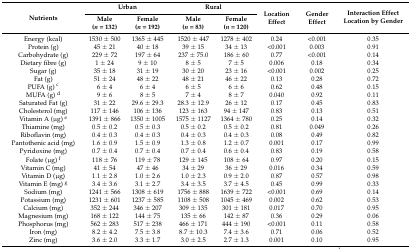
<table><thead><tr><td rowspan="2"><b>Nutrients</b></td><td colspan="2"><b>Urban</b></td><td colspan="2"><b>Rural</b></td><td rowspan="2"><b>Location Effect</b></td><td rowspan="2"><b>Gender Effect</b></td><td rowspan="2"><b>Interaction Effect Location by Gender</b></td></tr><tr><td><b>Male (<i>n</i> = 132)</b></td><td><b>Female (<i>n</i> = 192)</b></td><td><b>Male (<i>n</i> = 83)</b></td><td><b>Female (<i>n</i> = 120)</b></td></tr></thead><tbody><tr><td>Energy (kcal)</td><td>1530 ± 500</td><td>1365 ± 445</td><td>1520 ± 447</td><td>1278 ± 402</td><td>0.24</td><td>&lt;0.001</td><td>0.35</td></tr><tr><td>Protein (g)</td><td>45 ± 21</td><td>40 ± 18</td><td>39 ± 15</td><td>34 ± 13</td><td>&lt;0.001</td><td>0.003</td><td>0.91</td></tr><tr><td>Carbohydrate (g)</td><td>229 ± 72</td><td>197 ± 64</td><td>237 ± 75.0</td><td>186 ± 60</td><td>0.77</td><td>&lt;0.001</td><td>0.14</td></tr><tr><td>Dietary fibre (g)</td><td>1 ± 24</td><td>9 ± 10</td><td>8 ± 5</td><td>7 ± 5</td><td>0.006</td><td>0.18</td><td>0.34</td></tr><tr><td>Sugar (g)</td><td>35 ± 18</td><td>31 ± 19</td><td>30 ± 20</td><td>23 ± 16</td><td>&lt;0.001</td><td>0.002</td><td>0.25</td></tr><tr><td>Fat (g)</td><td>51 ± 24</td><td>48 ± 22</td><td>48 ± 21</td><td>46 ± 22</td><td>0.13</td><td>0.28</td><td>0.72</td></tr><tr><td>PUFA (g) <sup>c</sup></td><td>6 ± 4</td><td>6 ± 4</td><td>6 ± 5</td><td>6 ± 6</td><td>0.62</td><td>0.48</td><td>0.15</td></tr><tr><td>MUFA (g) <sup>d</sup></td><td>9 ± 6</td><td>8 ± 5</td><td>7 ± 4</td><td>8 ± 7</td><td>0.040</td><td>0.92</td><td>0.11</td></tr><tr><td>Saturated Fat (g)</td><td>31 ± 22</td><td>29.6 ± 29.3</td><td>28.3 ± 12.9</td><td>26 ± 12</td><td>0.17</td><td>0.45</td><td>0.83</td></tr><tr><td>Cholesterol (mg)</td><td>117 ± 146</td><td>106 ± 136</td><td>123 ± 163</td><td>94 ± 147</td><td>0.83</td><td>0.13</td><td>0.51</td></tr><tr><td>Vitamin A (μg) <sup>e</sup></td><td>1391 ± 866</td><td>1350 ± 1005</td><td>1575 ± 1127</td><td>1364 ± 780</td><td>0.25</td><td>0.14</td><td>0.32</td></tr><tr><td>Thiamine (mg)</td><td>0.5 ± 0.2</td><td>0.5 ± 0.3</td><td>0.5 ± 0.2</td><td>0.5 ± 0.2</td><td>0.81</td><td>0.049</td><td>0.26</td></tr><tr><td>Riboflavin (mg)</td><td>0.4 ± 0.3</td><td>0.4 ± 0.3</td><td>0.4 ± 0.3</td><td>0.4 ± 0.3</td><td>0.08</td><td>0.49</td><td>0.82</td></tr><tr><td>Pantothenic acid (mg)</td><td>1.6 ± 0.9</td><td>1.5 ± 0.9</td><td>1.3 ± 0.8</td><td>1.2 ± 0.7</td><td>0.001</td><td>0.17</td><td>0.99</td></tr><tr><td>Pyridoxine (mg)</td><td>0.7 ± 0.4</td><td>0.7 ± 0.4</td><td>0.7 ± 0.4</td><td>0.6 ± 0.4</td><td>0.83</td><td>0.19</td><td>0.58</td></tr><tr><td>Folate (μg) <sup>f</sup></td><td>118 ± 76</td><td>119 ± 78</td><td>129 ± 145</td><td>108 ± 64</td><td>0.97</td><td>0.20</td><td>0.15</td></tr><tr><td>Vitamin C (mg)</td><td>41 ± 54</td><td>47 ± 46</td><td>34 ± 29</td><td>36 ± 29</td><td>0.016</td><td>0.34</td><td>0.59</td></tr><tr><td>Vitamin D (μg)</td><td>1.1 ± 2.8</td><td>1.0 ± 2.6</td><td>1.0 ± 2.3</td><td>0.9 ± 2.0</td><td>0.87</td><td>0.57</td><td>0.98</td></tr><tr><td>Vitamin E (mg) <sup>g</sup></td><td>3.4 ± 3.6</td><td>3.1 ± 2.7</td><td>3.4 ± 3.5</td><td>3.7 ± 4.5</td><td>0.45</td><td>0.99</td><td>0.33</td></tr><tr><td>Sodium (mg)</td><td>1241 ± 566</td><td>1308 ± 619</td><td>1756 ± 888</td><td>1639 ± 722</td><td>&lt;0.001</td><td>0.69</td><td>0.14</td></tr><tr><td>Potassium (mg)</td><td>1231 ± 601</td><td>1237 ± 585</td><td>1108 ± 508</td><td>1045 ± 469</td><td>0.002</td><td>0.62</td><td>0.53</td></tr><tr><td>Calcium (mg)</td><td>352 ± 244</td><td>346 ± 207</td><td>309 ± 135</td><td>301 ± 181</td><td>0.017</td><td>0.70</td><td>0.95</td></tr><tr><td>Magnesium (mg)</td><td>168 ± 122</td><td>144 ± 75</td><td>135 ± 66</td><td>142 ± 87</td><td>0.36</td><td>0.29</td><td>0.06</td></tr><tr><td>Phosphorus (mg)</td><td>562 ± 283</td><td>517 ± 238</td><td>466 ± 171</td><td>444 ± 190</td><td>&lt;0.001</td><td>0.11</td><td>0.58</td></tr><tr><td>Iron (mg)</td><td>8.2 ± 4.2</td><td>7.5 ± 3.8</td><td>8.7 ± 10.3</td><td>7.4 ± 3.6</td><td>0.71</td><td>0.06</td><td>0.52</td></tr><tr><td>Zinc (mg)</td><td>3.6 ± 2.0</td><td>3.3 ± 1.7</td><td>3.0 ± 2.5</td><td>2.7 ± 1.3</td><td>0.001</td><td>0.10</td><td>0.95</td></tr></tbody></table>